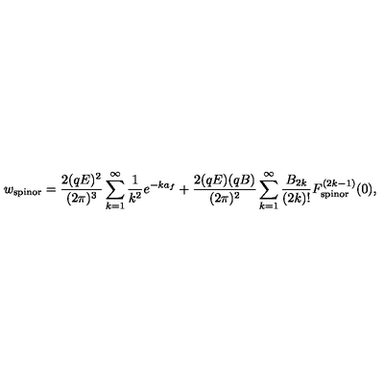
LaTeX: w _ { \mathrm { s p i n o r } } = \frac { 2 ( q E ) ^ { 2 } } { ( 2 \pi ) ^ { 3 } } \sum _ { k = 1 } ^ { \infty } \frac { 1 } { k ^ { 2 } } e ^ { - k a _ { f } } + \frac { 2 ( q E ) ( q B ) } { ( 2 \pi ) ^ { 2 } } \sum _ { k = 1 } ^ { \infty } \frac { B _ { 2 k } } { ( 2 k ) ! } F _ { \mathrm { s p i n o r } } ^ { ( 2 k - 1 ) } ( 0 ) ,